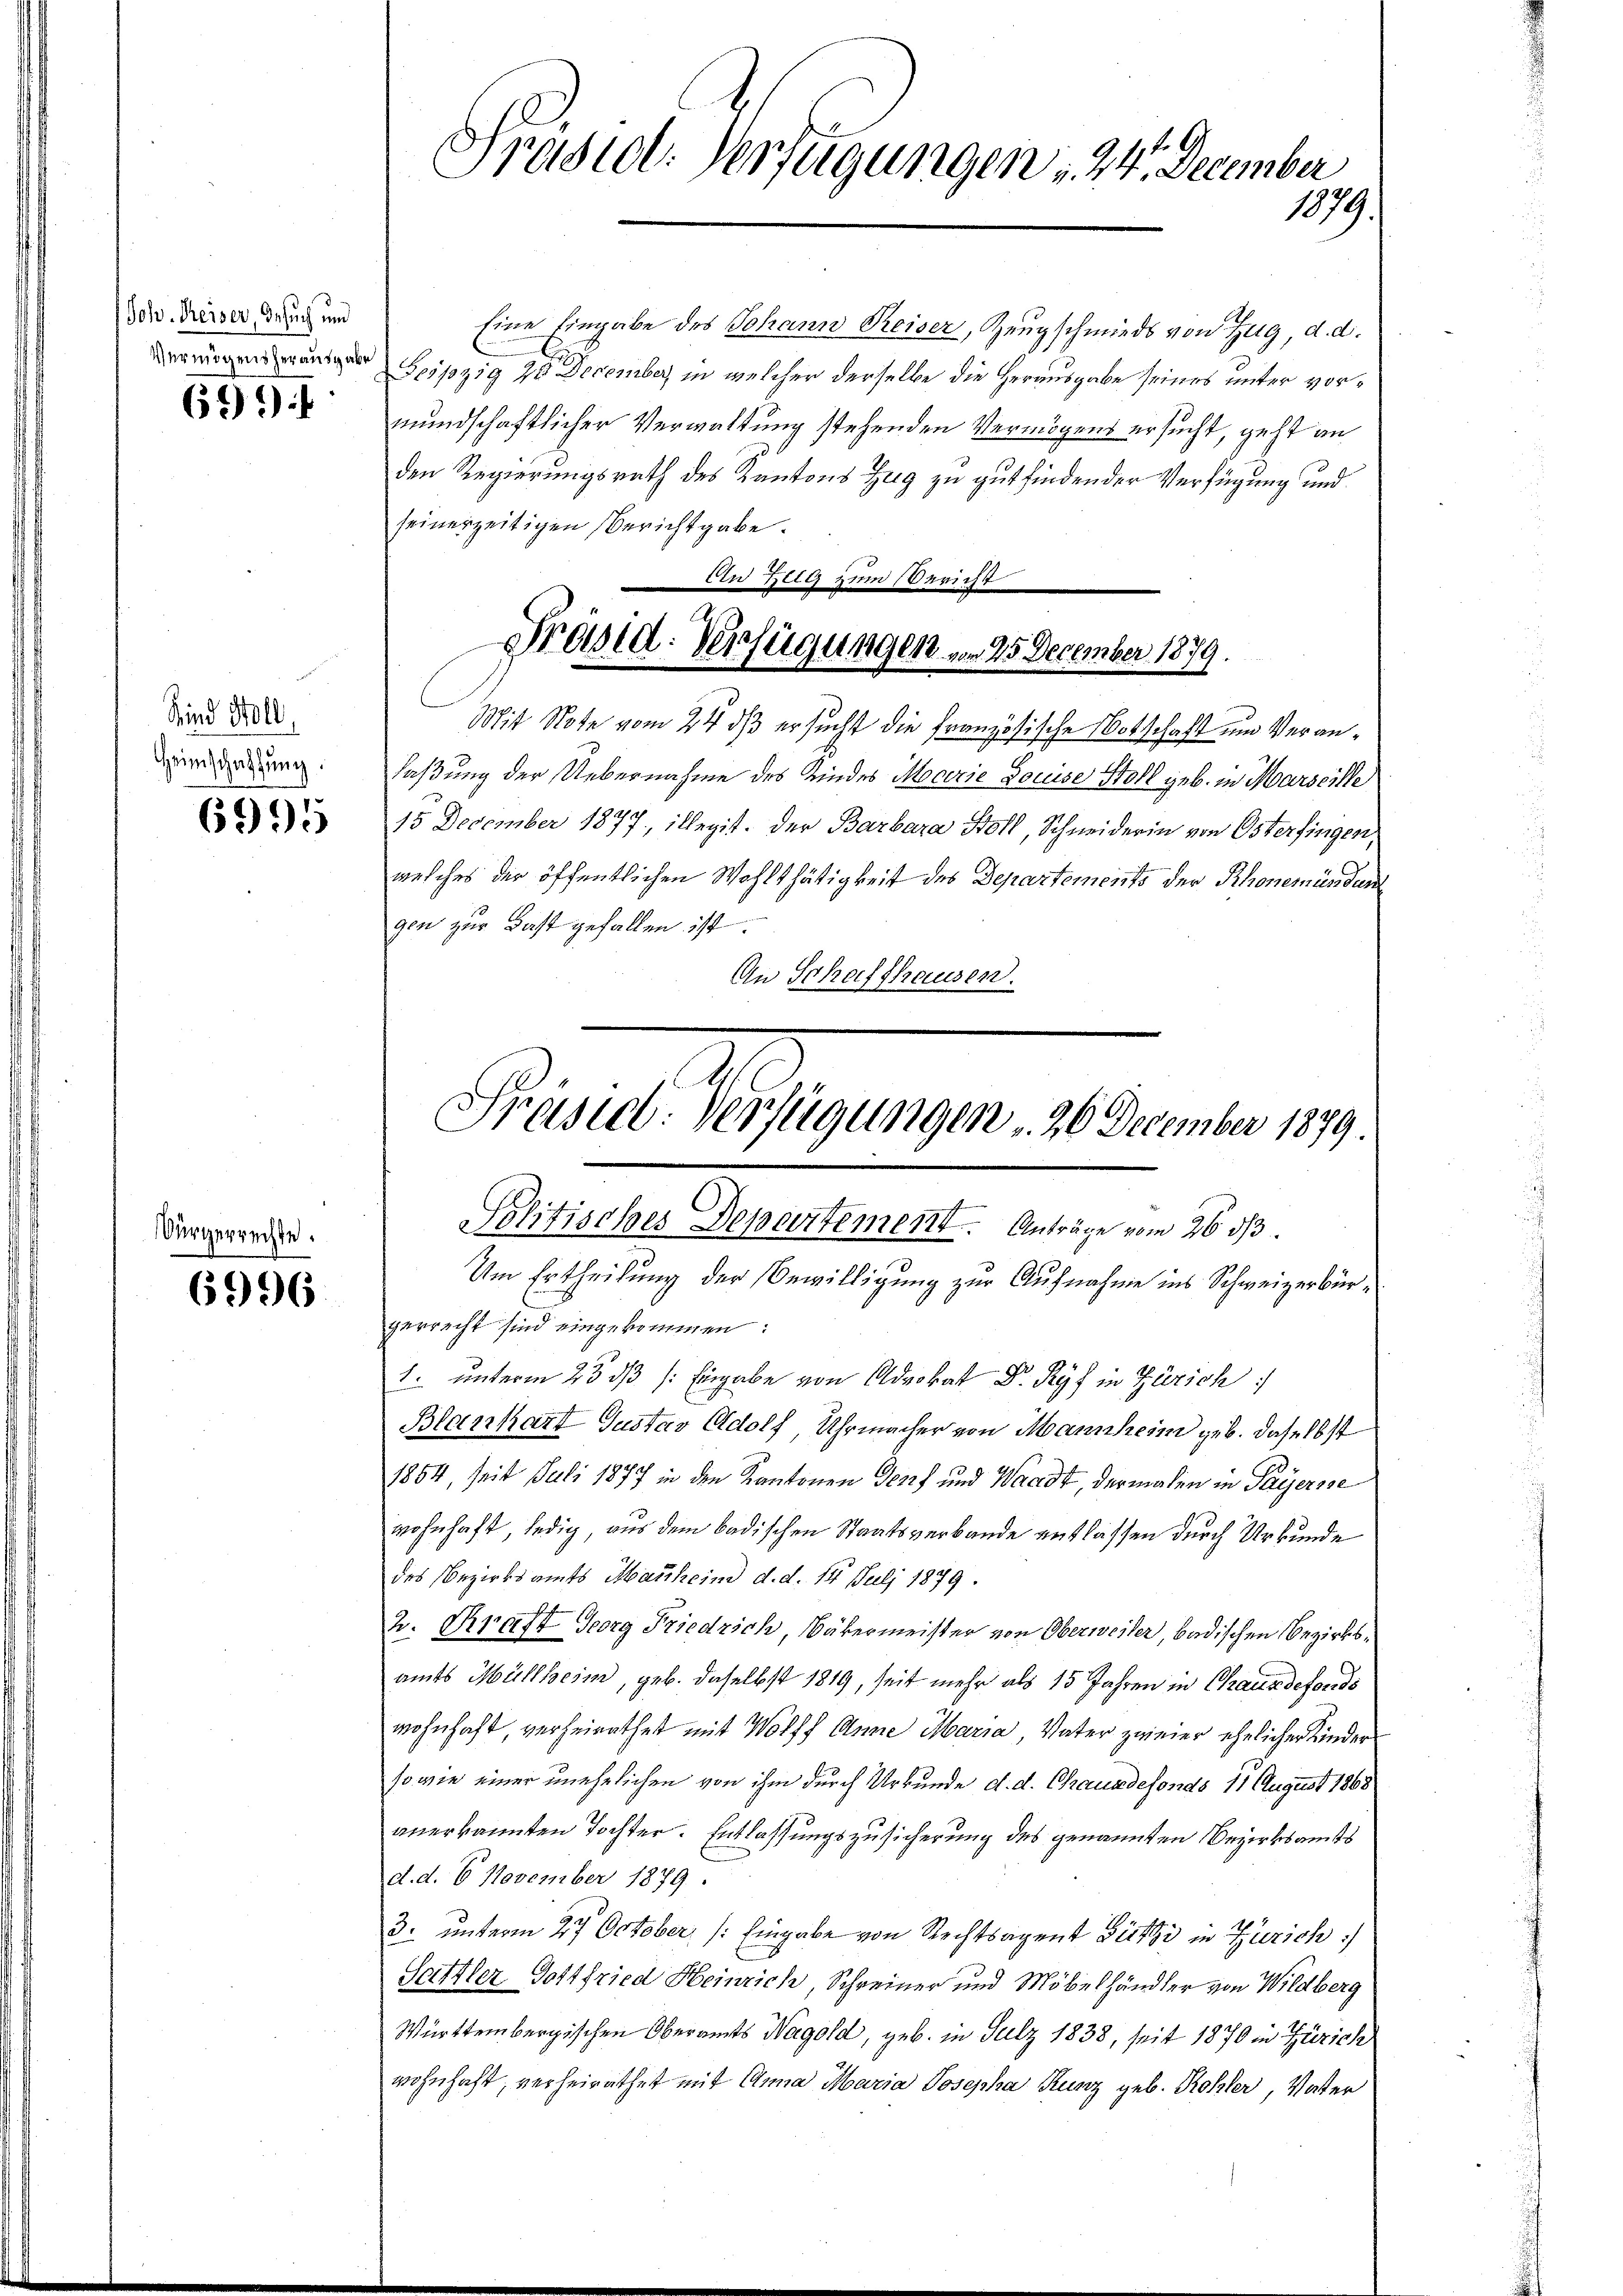
Joh. Reiser, Gesuch und
Vermögens herausgabe

699

Kind Holl
Heimschaftung.

6995

Vürgerrechte.

6996

Eine Eingabe des Johann Reiser, Zeugschmieds von Zug, d. d.
Leipzig 20 December in welcher derselbe die Herausgabe seines unter vormundschaftlicher Verwaltung stehenden Vermögens ersucht, geht an
den Regierungsrath des Kantons Zug zu gut finden der Verfügung und
seinerzeitigen Berichtgabe.
Mit Note vom 24. ds ersucht die Französische Notschaft und Veranlaßung der Uebernahme des Kindes Mocerie Louise Stoll geb. in Marseille
15 December 1877, illegit. Der Barbara Boll, Schneiderin von Osterfingen,
welches der öffentlichen Wohlthätigkeit des Departements der Rhonemündun
gen zur Last gefallen ist.
An Schaffhausen.

Prasil. Verfügungen 24. December
1079.

Ein Zelg zum Bericht
Präsid. Verfügungen . . 45. December 1879.

Präsid. Verfügungen , 26 December 1879
Politisches Departement. Anträge vom 26. ds.

Um Ertheilung der Bewilligung zur Aufnahme ins Schweizerbürgerrecht sind eingekommen:
1. unterm 23. ds /: Eingabe von Advokat Dr. Ryf in Zürich
Blanhart Gustav Adolf, Uhrmacher von Mannheim geb. daselbst
1864, seit Juli 1877 in den Kantonen Genf und Waadt, dermalen in Payersse
wohnhaft, ledig, aus dem badischen Staatsverbande entlassen durch Urkunde
des Bezirksamts Markeine d. d. 14. Juli 1879.
2. Kraft Georg Friedrich, Bäkermeister von Oberweiser, badischen Bezirksamts Müllheim, geb. daselbst 1819, seit mehr als 15 Jahren in Chauxdefonds
wohnhaft, verheirathet mit Wolff Anna Maria Vater zweier ehelicher Kinder
sowie einer unehelichen von ihm durch Urkunde d. d. Chausdefonds 11 August 1868
anerkannten Tochter. Entlassungszusicherung des genannten Bezirksamts
d. d. 6 November 1879
3. unterm 27. October (: Eingabe von Rechtsagent Fitzi in Zürich)
Sattler Gottfried Heinrich, Schreiner und Möbelhändler von Wildberg
Württembergischen Oberamts Wagold, geb. in Sulz 1838, seit 1870 in Zürich
wohnhaft, verheirathet mit Anna Maria Josepha Kunz geb. Kohler, Vater